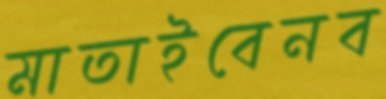
মাতাইবেনব